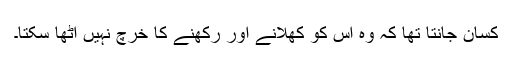
کسان جانتا تھا کہ وہ اس کو کھلانے اور رکھنے کا خرچ نہیں اٹھا سکتا۔